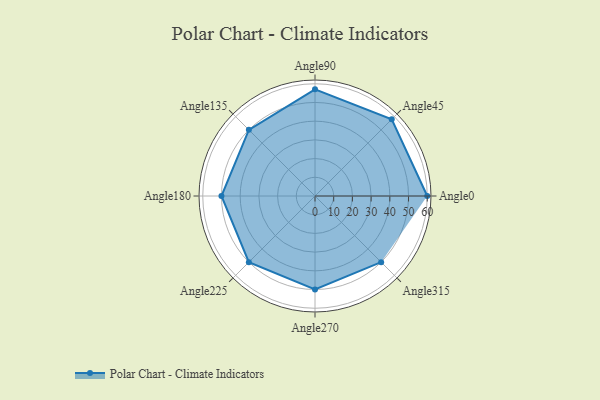
{"axis": {"x": "Angle", "y": "Radius"}, "legend": [""], "data": [{"x": "Angle0", "y": 60.0, "type": ""}, {"x": "Angle45", "y": 58.0, "type": ""}, {"x": "Angle90", "y": 57.0, "type": ""}, {"x": "Angle135", "y": 50, "type": ""}, {"x": "Angle180", "y": 50, "type": ""}, {"x": "Angle225", "y": 50, "type": ""}, {"x": "Angle270", "y": 50, "type": ""}, {"x": "Angle315", "y": 50, "type": ""}]}